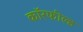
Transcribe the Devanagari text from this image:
कॉरफील्ड